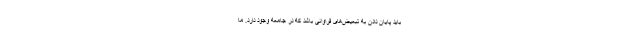
باید پایان دادن به تبعیض‌های فراوانی باشد که در جامعه وجود دارد. ما